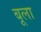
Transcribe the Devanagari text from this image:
बूला